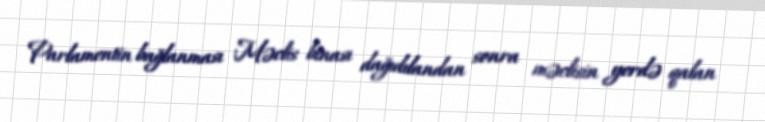
Parlamentin bağlanması Məclis binası dağıdılandan sonra məclisin yerdə qalan